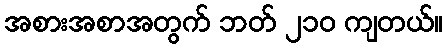
အစားအစာအတွက် ဘတ် ၂၁၀ ကျတယ်။